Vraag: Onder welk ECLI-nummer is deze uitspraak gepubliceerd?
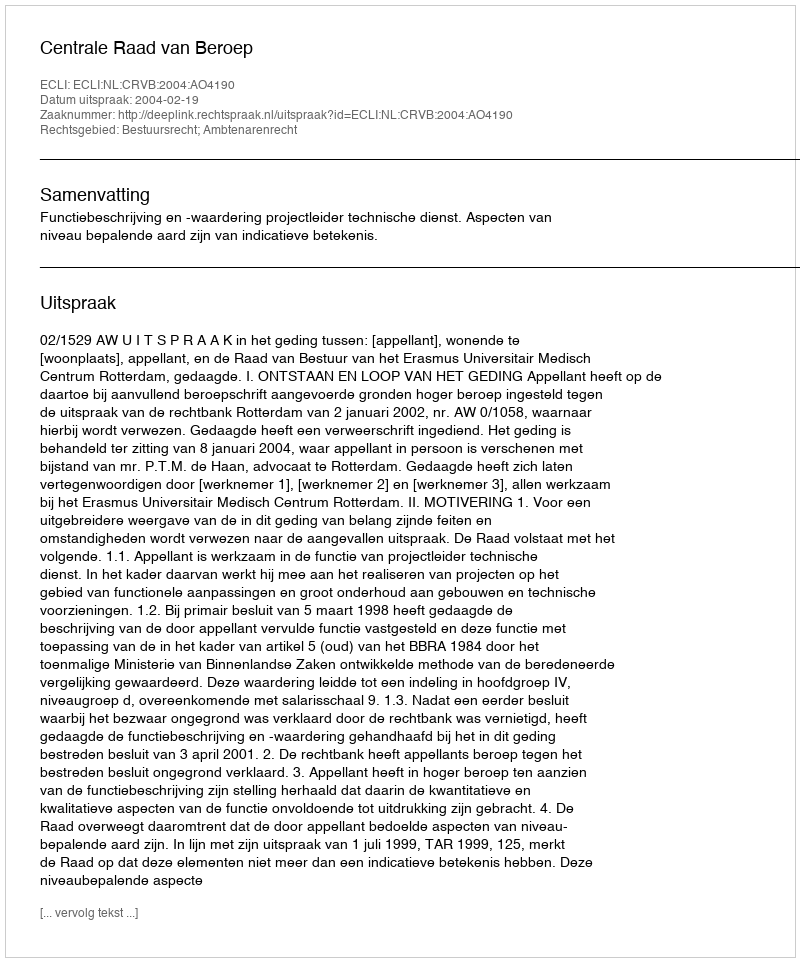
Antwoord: ECLI:NL:CRVB:2004:AO4190